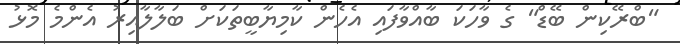
"ބްރޭކިން ބޭޑް" ގެ ވާހަކަ ބާއްވާފައި އެހެން ކާމިޔާބީތަކަށް ބަލާލާއިރު އެންމެ މޮޅު